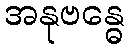
အနုဗန္ဓေ